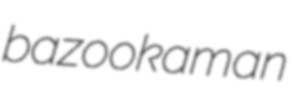
bazookaman